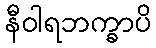
နီဝါရဘက္ခာပိ